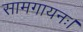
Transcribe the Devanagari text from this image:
सामगायनः।